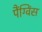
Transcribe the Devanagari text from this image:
पैंग्विंस